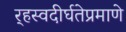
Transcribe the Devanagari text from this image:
र्‍हस्वदीर्घतेप्रमाणे